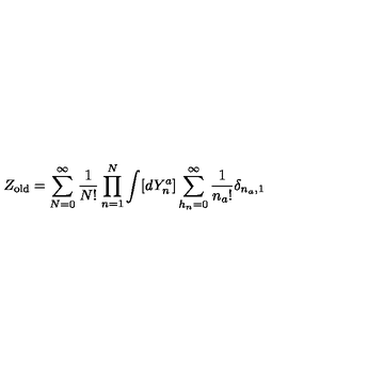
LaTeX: Z _ { \mathrm { o l d } } = \sum _ { N = 0 } ^ { \infty } { \frac { 1 } { N ! } } \prod _ { n = 1 } ^ { N } \int [ d Y _ { n } ^ { a } ] \sum _ { h _ { n } = 0 } ^ { \infty } { \frac { 1 } { n _ { a } ! } } \delta _ { n _ { a } , 1 }